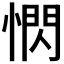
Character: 𪬖